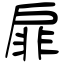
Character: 扉